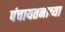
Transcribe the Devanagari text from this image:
पंचायतनाच्या